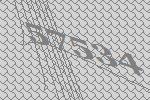
57534